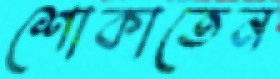
শোকাতেন